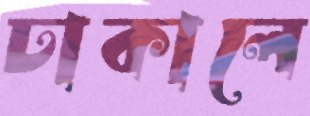
ঢাকালে